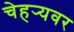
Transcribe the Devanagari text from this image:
चेहर्‍यवर